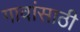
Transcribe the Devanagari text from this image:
गावांसाठी